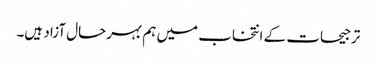
ترجیحات کے انتخاب میں ہم بہرحال آزاد ہیں۔